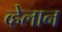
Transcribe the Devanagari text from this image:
व्हेलान